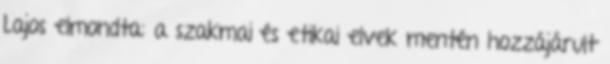
Lajos elmondta: a szakmai és etikai elvek mentén hozzájárult